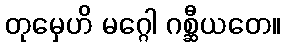
တုမှေဟိ မဂ္ဂေါ ဂစ္ဆီယတေ။